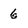
Character: 6